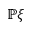
\mathbb { P } \xi